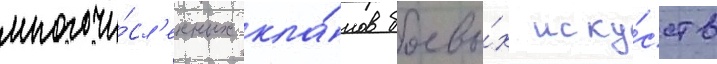
многочи́сл'енных кла́нов боевы́х иску́сств